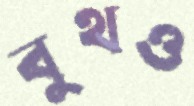
বুথও